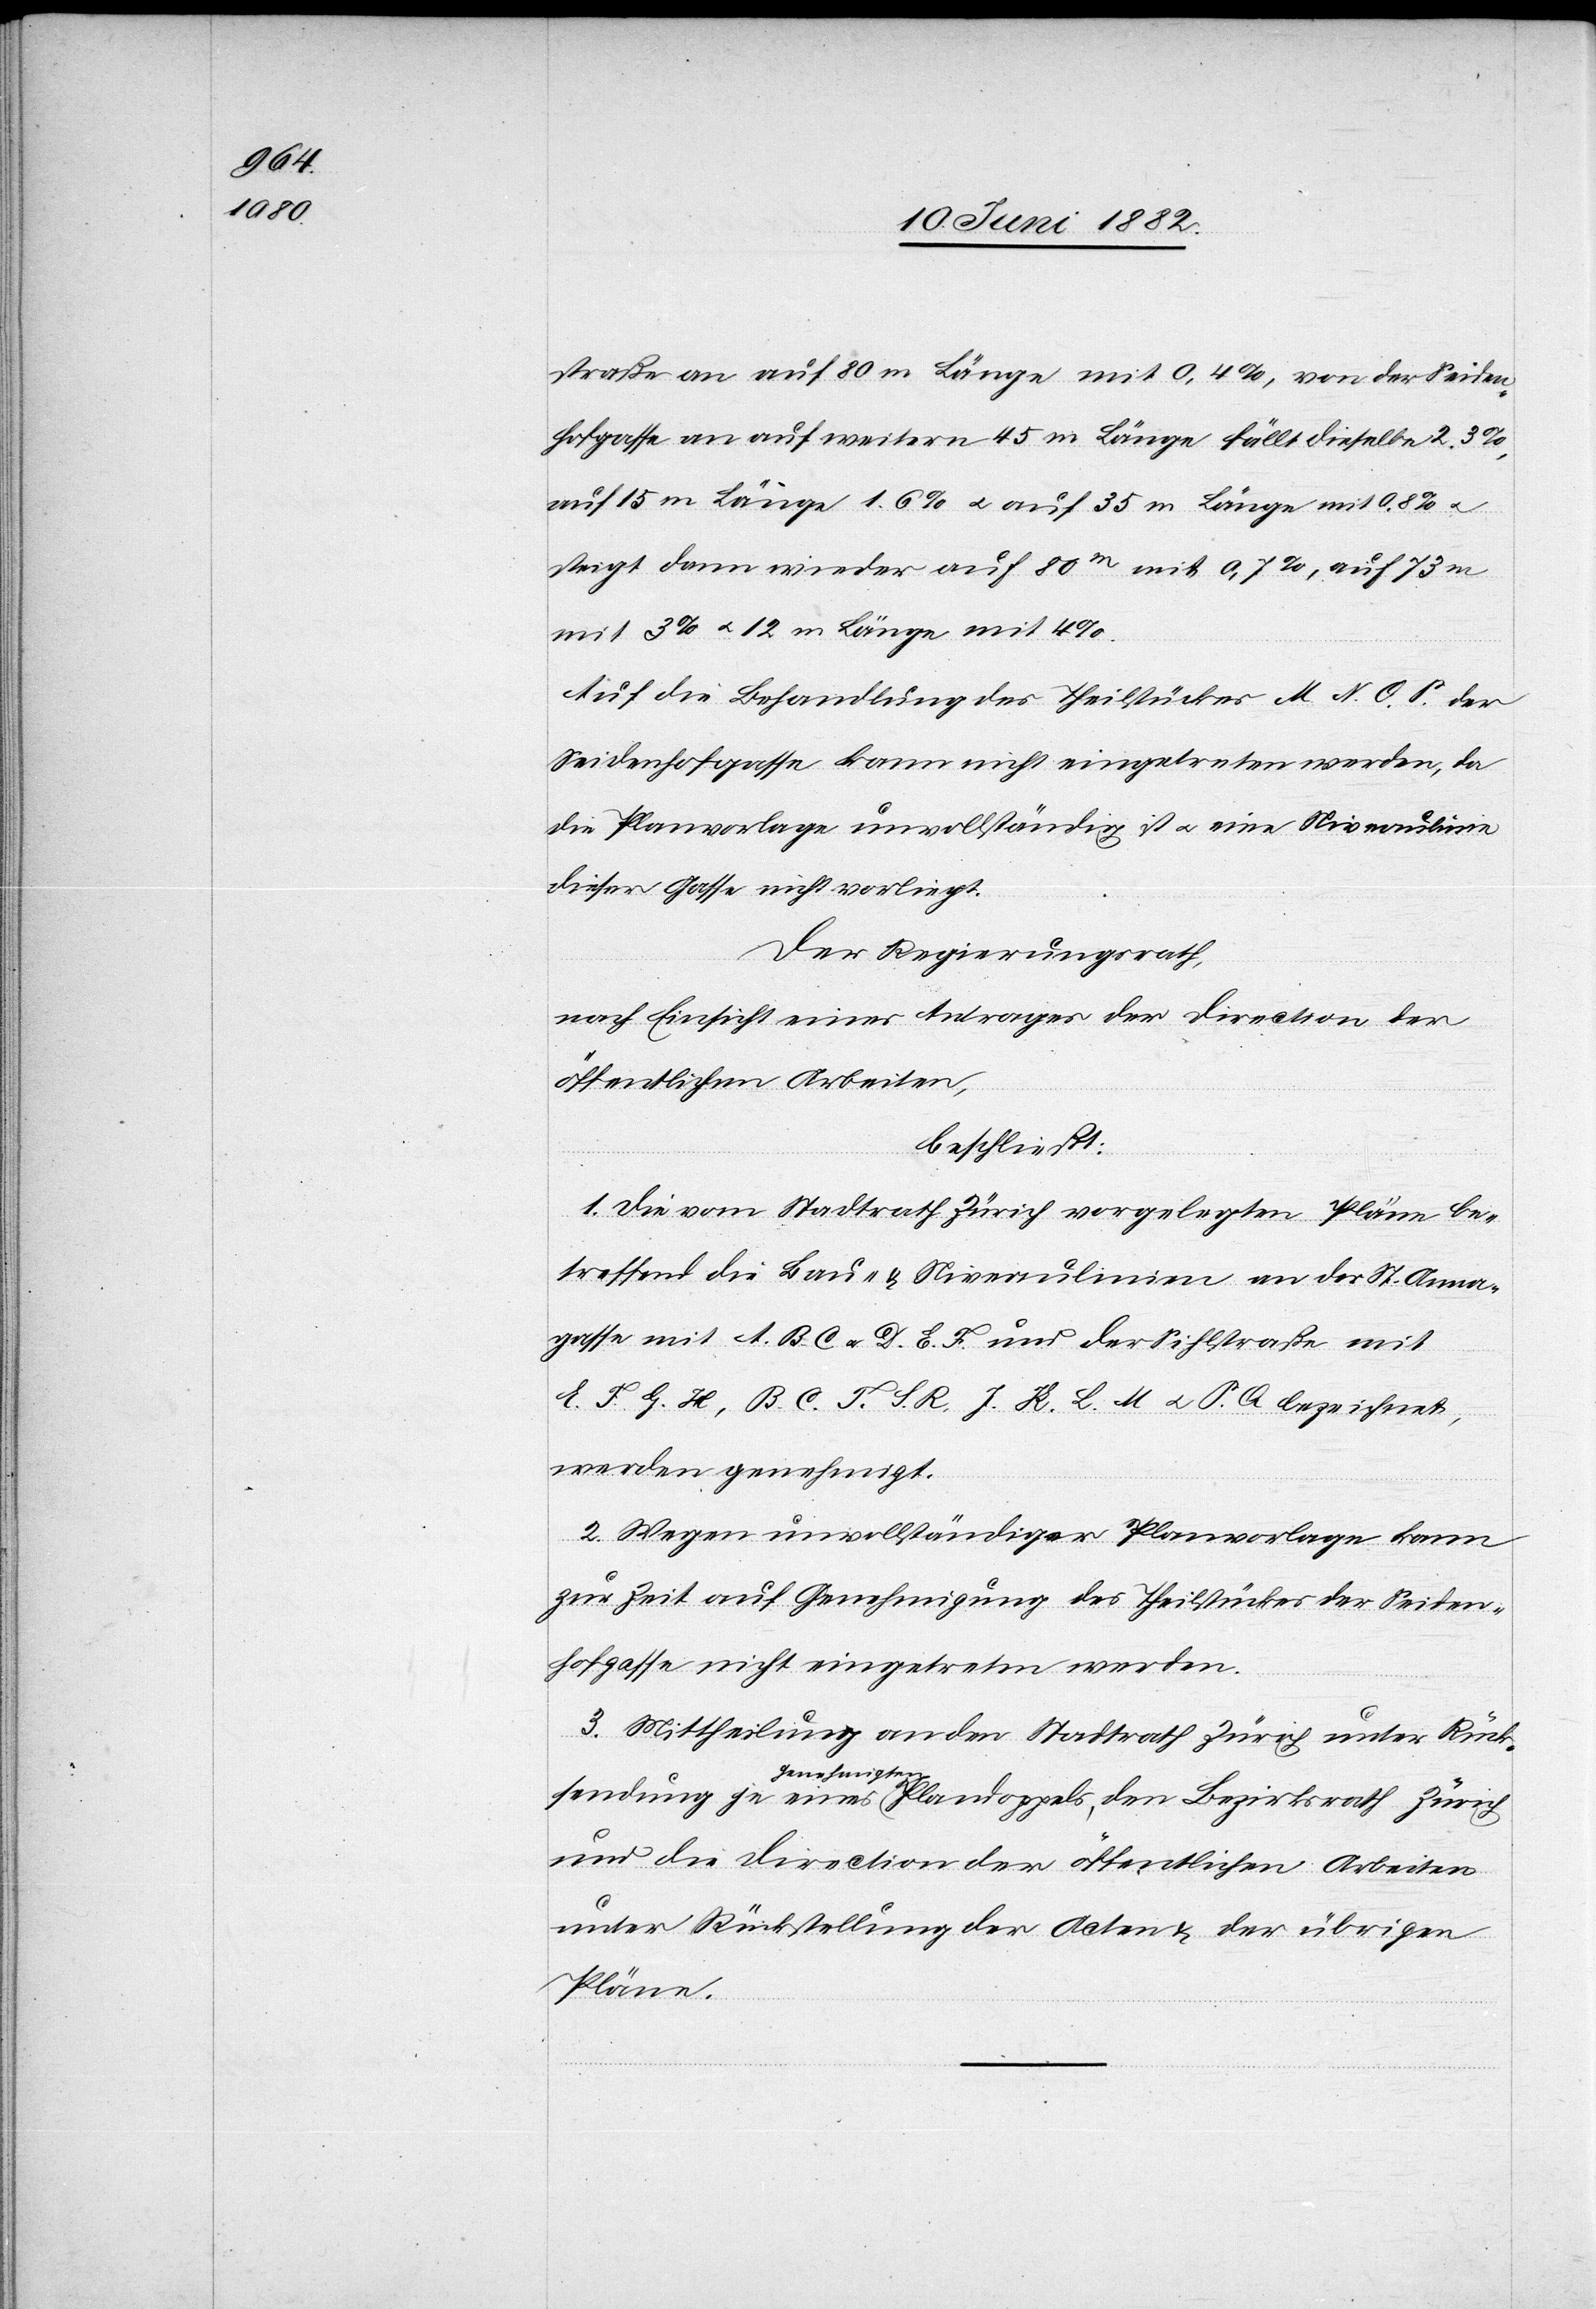
straße an auf 80 m Länge mit 0,4%, von der Seiden¬
hofgasse an auf weitern 45 m Länge fällt dieselbe 2.3%,
auf 15 m Länge 1.6% u. auf 35 m Länge mit 0.8%
steigt dann wieder auf 80m mit 0,7%, auf 73m
mit 3% u. 12 m Länge mit 4%.
Auf die Behandlung des Theilstückes M. N. O. P. der
Seidenhofgasse kann nicht eingetreten werden, da
die Planvorlage unvollständig ist u. eine Niveaulinie
dieser Gasse nicht vorliegt.
Der Regierungsrath,
nach Einsicht eines Antrages der Direction der
öffentlichen Arbeiten,
beschließt:
1. Die vom Stadtrath Zürich vorgelegten Pläne be¬
treffend die Bau- & Niveaulinien an der St. Anna¬
gasse mit A. B. C. u. D. E. F. und der Sihlstraße mit
E. F. G. H., B. C. T. S. R. J. K. L. M. u. P. Q. bezeichnet,
werden genehmigt.
2. Wegen unvollständiger Planvorlage kann
zu Zeit auf Genehmigung des Theilstückes der Seiden¬
hofgasse nicht eingetreten werden.
Mittheilung an den Stadtrath Zürich unter Rück¬
sendung je eines genehmigten Plandoppels, den Bezirksrath Zürich
und die Direction der öffentlichen Arbeiten
unter Rückstellung der Acten & der übrigen
Pläne.